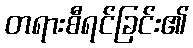
တရားစီရင်ခြင်း၏